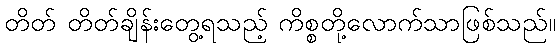
တိတ် တိတ်ချိန်းတွေ့ရသည့် ကိစ္စတို့လောက်သာဖြစ်သည်။